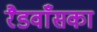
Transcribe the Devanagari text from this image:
रैडवाँसका